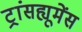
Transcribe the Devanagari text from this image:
ट्रांसह्यूमेंस